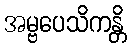
အမ္ဗပေသိကန္တိ